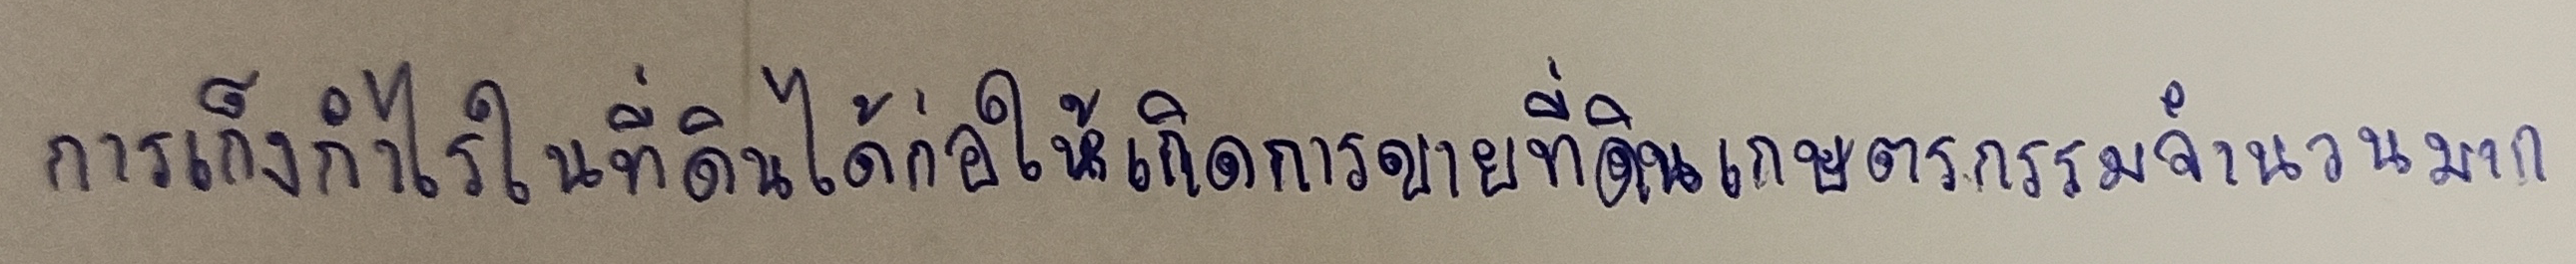
การเก็งกำไรในที่ดินได้ก่อให้เกิดการขายที่ดินเกษตรกรรมจำนวนมาก